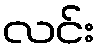
လင်း